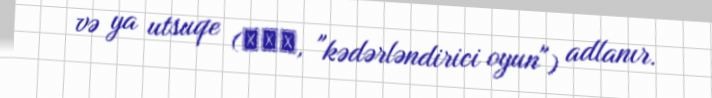
və ya utsuqe (鬱ゲー, "kədərləndirici oyun") adlanır.